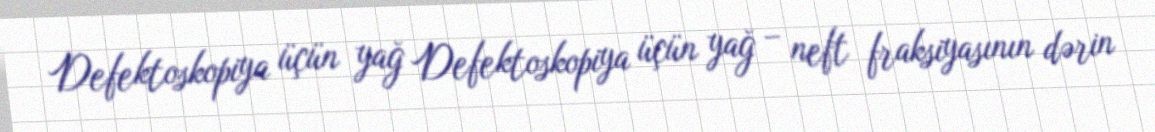
Defektoskopiya üçün yağ Defektoskopiya üçün yağ – neft fraksiyasının dərin